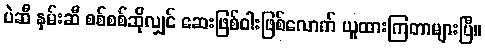
ပဲဆီ နှမ်းဆီ စစ်စစ်ဆိုလျှင် ဆေးဖြစ်ဝါးဖြစ်လောက် ယူထားကြတာများပြီ။